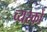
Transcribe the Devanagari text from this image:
व्‍यस्‍कों